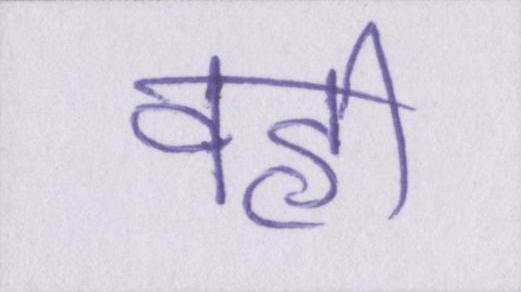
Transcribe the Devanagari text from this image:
वही